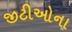
જીટીઓના